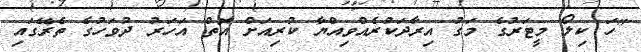
"ހަ ކިލޯ މީޓަރުގެ މަގު އިރާދަކުރެއްވިއްޔާ ކުރިއަށް އޮތް އަހަރު ދުވަހުގެ ތެރޭގައި